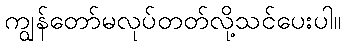
ကျွန်တော်မလုပ်တတ်လို့သင်ပေးပါ။